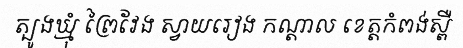
ត្បូងឃ្មុំ ព្រៃវែង ស្វាយរៀង កណ្តាល ខេត្តកំពង់ស្ពឺ